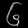
Digit: ၆